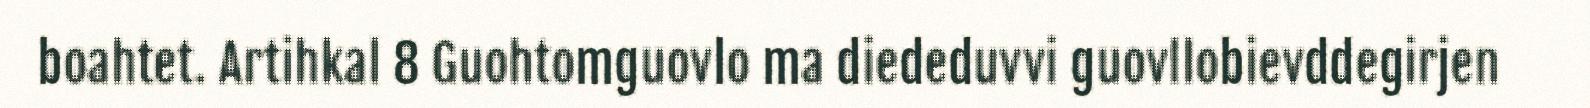
boahtet. Artihkal 8 Guohtomguovlo ma diededuvvi guovllobievddegirjen